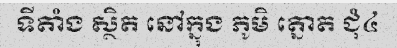
ទីតាំង ស្ថិត នៅក្នុង ភូមិ ត្នោត ជុំ៤